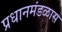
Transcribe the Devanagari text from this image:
प्रधानमंडळास